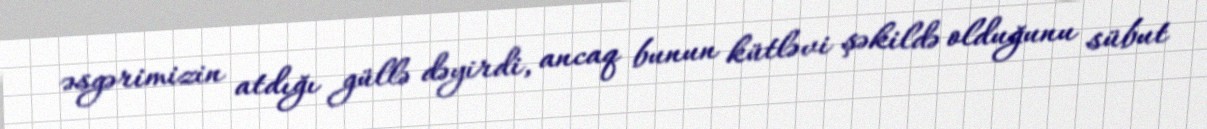
əsgərimizin atdığı güllə dəyirdi, ancaq bunun kütləvi şəkildə olduğunu sübut